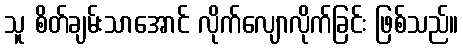
သူ စိတ်ချမ်းသာအောင် လိုက်လျောလိုက်ခြင်း ဖြစ်သည်။